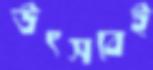
উৎসবেই